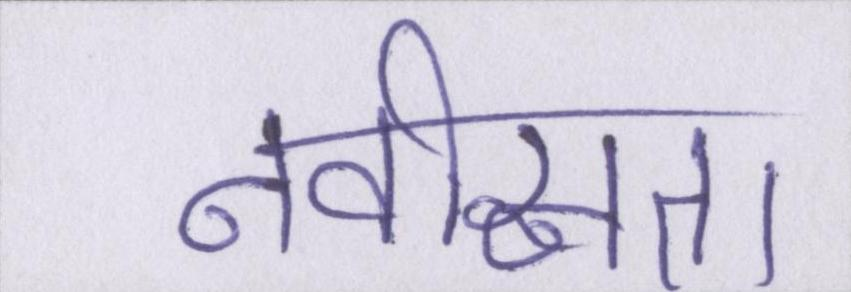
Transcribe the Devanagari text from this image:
नवीनता